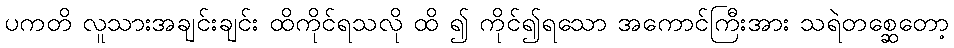
ပကတိ လူသားအချင်းချင်း ထိကိုင်ရသလို ထိ ၍ ကိုင်၍ရသော အကောင်ကြီးအား သရဲတစ္ဆေတော့